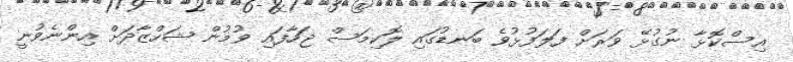
އިސްކޮޅާ ނުގުޅޭ ވަރަށް ފަލަފުޅުވެ ބަނޑުގައި ލޮކިމަސް ޖަހާފައި ވުމުން ޝަހްޒާދަށް އިންނެވުނީ